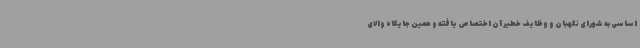
اساسی به شورای نگهبان و وظایف خطیر آن اختصاص یافته و همین جایگاه والای